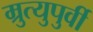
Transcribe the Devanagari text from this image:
म्रुत्युपुर्वी